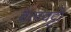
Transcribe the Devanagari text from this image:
वेलवट्टी